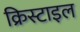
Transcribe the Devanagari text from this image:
क्रिस्टाइल